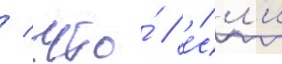
/ что́ / е́сл'и